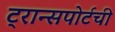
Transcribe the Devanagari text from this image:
ट्रान्सपोर्टची